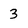
Character: 3